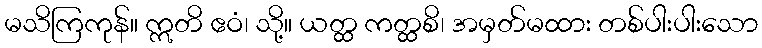
မသိကြကုန်။ ဣတိ ဧဝံ၊ သို့။ ယတ္ထ ကတ္ထစိ၊ အမှတ်မထား တစ်ပါးပါးသော